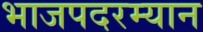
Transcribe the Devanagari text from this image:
भाजपदरम्यान